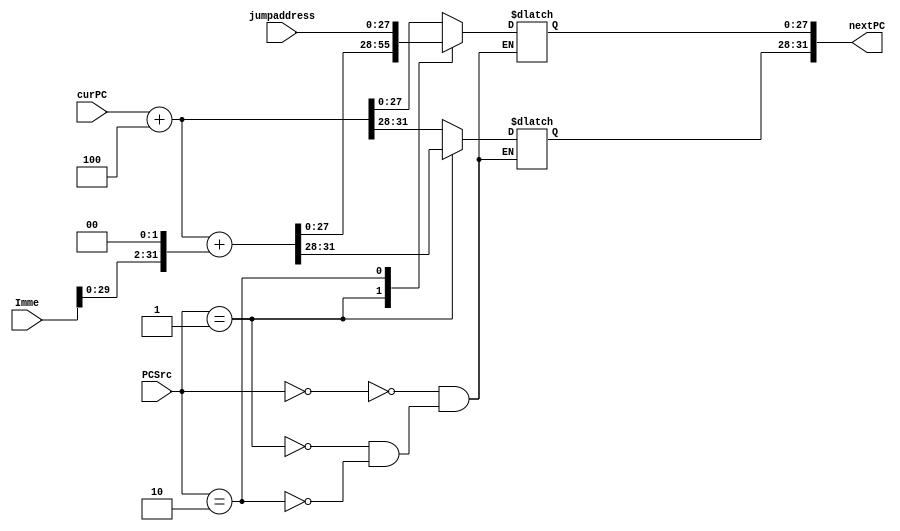
`timescale 1ns / 1ps
//////////////////////////////////////////////////////////////////////////////////
// Company: 
// Engineer: 
// 
// Design Name: 
// Module Name: nextPC
// Project Name: 
// Target Devices: 
// Tool Versions: 
// Description: 
// 
// Dependencies: 
// 
// Revision:
// Revision 0.01 - File Created
// Additional Comments:
// 
//////////////////////////////////////////////////////////////////////////////////


module nextPC(
    input[1:0] PCSrc,
    input[31:0] curPC,
    input[31:0] Imme,
    input[27:0] jumpaddress,
    output reg [31:0] nextPC
 );
    always @(curPC or PCSrc) begin
             case(PCSrc)
             2'b00: nextPC = curPC + 4;
             2'b01: nextPC = curPC + 4+(Imme << 2);
             2'b10:begin 
             nextPC = curPC + 4;
             nextPC[27:0] = jumpaddress[27:0];
             end
             //2'b11:nextPC=curPC;
             endcase
    end
endmodule